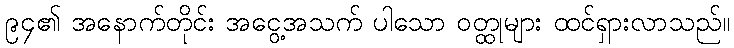
၉၄၏ အနောက်တိုင်း အငွေ့အသက် ပါသော ဝတ္ထုများ ထင်ရှားလာသည်။